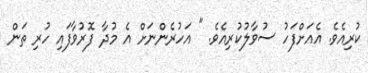
ކުރިއެވެ. އެއަށްފަހު ސުވާލުކުރިއެވެ. " އަހުރެންނަށް އެ މުދާ ފޮރުވާފައި ހުރި ތަން